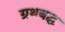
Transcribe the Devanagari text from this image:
ग्रथबद्ध